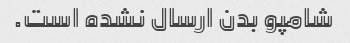
شامپو بدن ارسال نشده است.